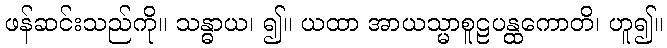
ဖန်ဆင်းသည်ကို။ သန္ဓာယ၊ ၍။ ယထာ အာယသ္မာစူဠပန္ထကောတိ၊ ဟူ၍။